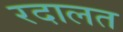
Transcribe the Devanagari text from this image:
रदालत